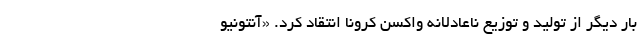
بار دیگر از تولید و توزیع ناعادلانه واکسن کرونا انتقاد کرد. «آنتونیو